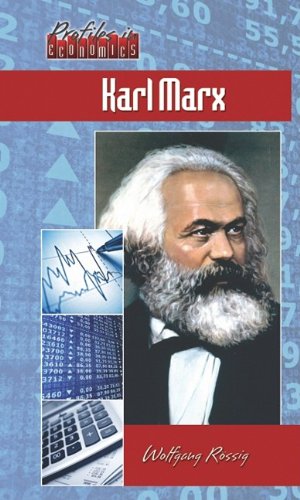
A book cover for Karl Marx (Profiles in Economics); Wolfgang Rossig; Teen & Young Adult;